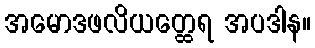
အမောဒဖလိယတ္ထေရ အပဒါန။